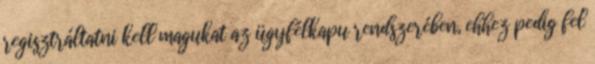
regisztráltatni kell magukat az ügyfélkapu rendszerében, ehhez pedig fel